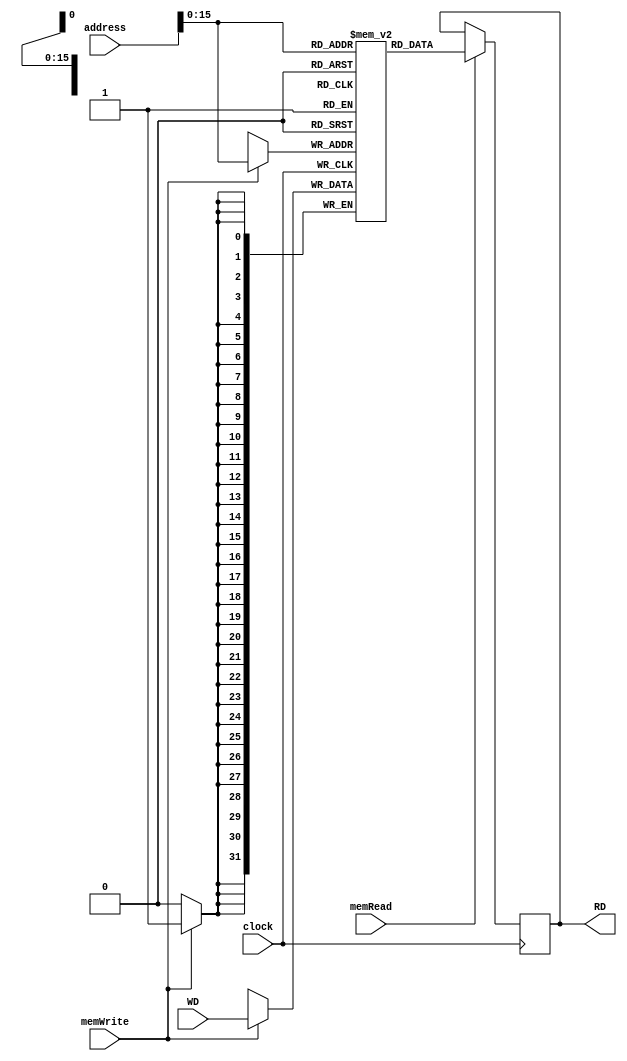
`timescale 1ns / 1ps
//////////////////////////////////////////////////////////////////////////////////
// Company: 
// Engineer: 
// 
// Design Name: 
// Module Name: datamemory
// Project Name: 
// Target Devices: 
// Tool Versions: 
// Description: 
// 
// Dependencies: 
// 
// Revision:
// Revision 0.01 - File Created
// Additional Comments:
// 
//////////////////////////////////////////////////////////////////////////////////


module data(clock, memWrite, memRead, address, WD, RD);
//initialization of variables
input clock;
input memWrite; // control selector determining write to data operation
input memRead;  // control selector determining read from data operation

// 2-d array for internal data representation
reg [31:0] data[65535:0];

input [31:0] address;
input [31:0] WD; // write to data input

output reg [31:0] RD; // read from data output

//integer i;
//initial
//begin
//    for (i = 0; i < 65536; i = i + 1)
//    begin
//        data[i] = 0;
//    end
//end

initial
begin
    data[0] = 0;
    data[2] = 3;
    data[3] = -4;
    data[4] = 5;
    data[5] = 2;
    data[6] = 20;
end

// at positive edge of clock, update the output
always@(negedge clock)
begin
    // use address to index into the data memory to read the desired data if control selector is 1
    if (memRead == 1)
        RD = data[address[15:0]];
    // use address to index into the data memory to write the desired data if control selector is 1
    if (memWrite == 1)
        data[address[15:0]] = WD;
end
endmodule